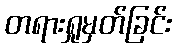
တရားရှုမှတ်ခြင်း